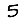
Digit: 5